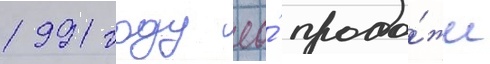
1991 году ео́ прода́жи